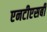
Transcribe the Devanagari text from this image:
एनटीएसबी